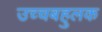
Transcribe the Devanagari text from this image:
उच्चबहुलक